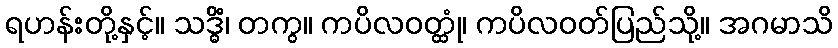
ရဟန်းတို့နှင့်။ သဒ္ဓိံ၊ တကွ။ ကပိလဝတ္ထုံ၊ ကပိလဝတ်ပြည်သို့။ အဂမာသိ